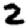
Digit: 2